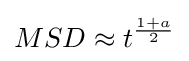
MSD\approx t^{\frac {1+a}{2}}